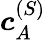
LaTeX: \boldsymbol{c}_{A}^{(S)}